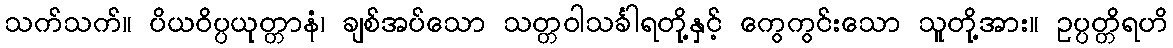
သက်သက်။ ပိယဝိပ္ပယုတ္တာနံ၊ ချစ်အပ်သော သတ္တဝါသင်္ခါရတို့နှင့် ကွေကွင်းသော သူတို့အား။ ဥပ္ပတ္တိရဟိ